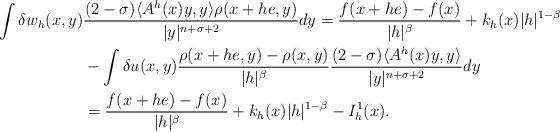
LaTeX: \begin{align*}\int \delta w_h(x,y)&\frac{(2-\sigma)\langle A^h(x)y,y\rangle\rho(x+he,y)}{|y|^{n+\sigma+2}}dy=\frac{f(x+he)-f(x)}{|h|^\beta}+k_h(x)|h|^{1-\beta}\\&-\int\delta u(x,y)\frac{\rho(x+he,y)-\rho(x,y)}{|h|^{\beta}}\frac{(2-\sigma)\langle A^h(x)y,y\rangle}{|y|^{n+\sigma+2}}dy\\&= \frac{f(x+he)-f(x)}{|h|^\beta}+k_h(x)|h|^{1-\beta}-I^1_h(x).\end{align*}